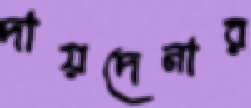
দায়দেনার